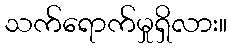
သက်ရောက်မှုရှိလား။